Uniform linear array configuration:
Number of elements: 64
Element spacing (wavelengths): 0.5
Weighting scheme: exponential
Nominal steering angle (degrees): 60
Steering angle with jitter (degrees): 58.65
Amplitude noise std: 0.05
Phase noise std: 0.05

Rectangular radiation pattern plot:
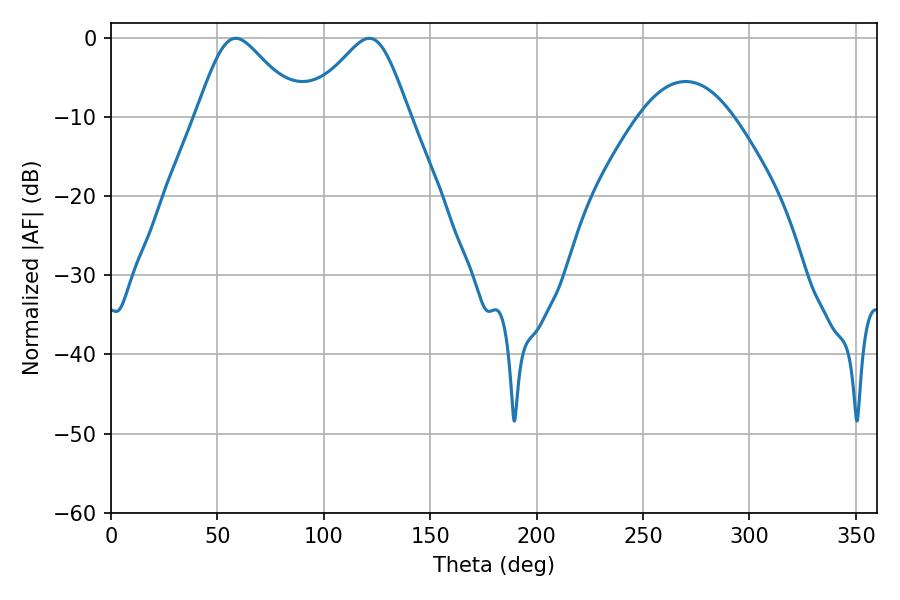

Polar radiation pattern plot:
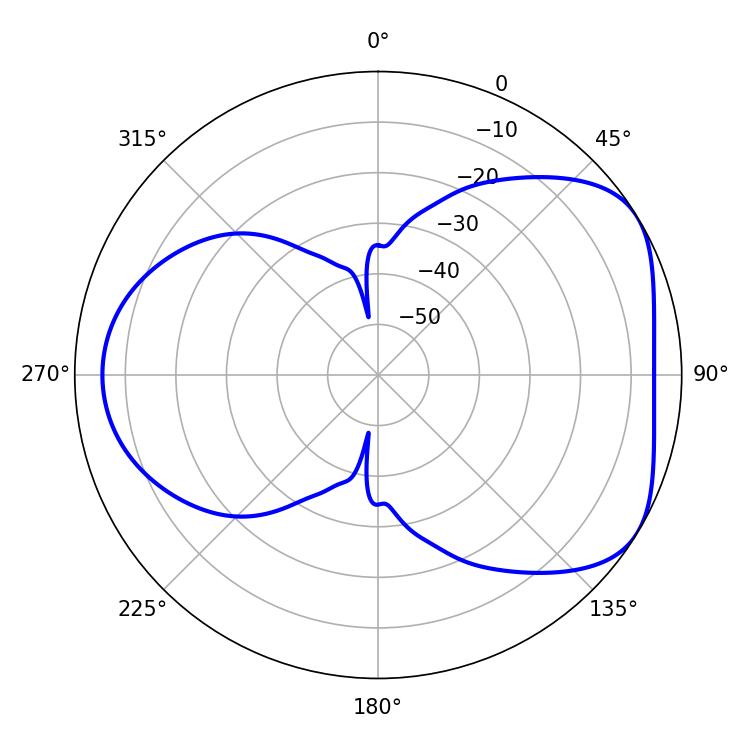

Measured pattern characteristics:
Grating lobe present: FALSE
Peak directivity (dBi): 4.814
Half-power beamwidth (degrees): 23.94
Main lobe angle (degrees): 58.68